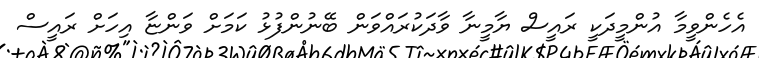
އެހެންވީމާ އުންމީދަކީ ރައީސް ޔާމީނާ ވާދަކުރައްވަން ބޭނުންފުޅު ކަމަށް ވަންޏާ އިހަށް ރައީސް